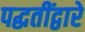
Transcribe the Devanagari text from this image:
पद्धतींद्वारे